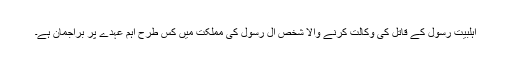
اہلبیت رسولؐ کے قاتل کی وکالت کرنے والا شخص آل رسولؐ کی مملکت میں کس طرح اہم عہدے پر براجمان ہے۔